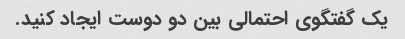
یک گفتگوی احتمالی بین دو دوست ایجاد کنید.